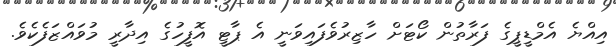
އިއްޔެ އެމްޑީޕީގެ ފަރާތުން ކޯޓަށް ހާޒިރުވެފައިވަނީ އެ ޕާޓީ އޮފީހުގެ އިދާރީ މުވައްޒަފެކެވެ.